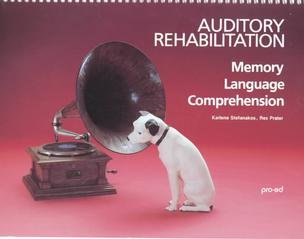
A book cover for Auditory Rehabilitation: Memory Language Comprehension : Test Probes; Karlene Stefanakos; Health, Fitness & Dieting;